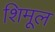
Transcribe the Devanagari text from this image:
शिमूल